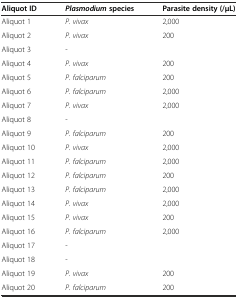
<table><thead><tr><td><b>Aliquot ID</b></td><td><b><i>Plasmodium</i>species</b></td><td><b>Parasite density (/μL)</b></td></tr></thead><tbody><tr><td>Aliquot 1</td><td><i>P. vivax</i></td><td>2,000</td></tr><tr><td>Aliquot 2</td><td><i>P. vivax</i></td><td>200</td></tr><tr><td>Aliquot 3</td><td>-</td><td></td></tr><tr><td>Aliquot 4</td><td><i>P. vivax</i></td><td>200</td></tr><tr><td>Aliquot 5</td><td><i>P. falciparum</i></td><td>200</td></tr><tr><td>Aliquot 6</td><td><i>P. falciparum</i></td><td>2,000</td></tr><tr><td>Aliquot 7</td><td><i>P. vivax</i></td><td>2,000</td></tr><tr><td>Aliquot 8</td><td>-</td><td></td></tr><tr><td>Aliquot 9</td><td><i>P. falciparum</i></td><td>200</td></tr><tr><td>Aliquot 10</td><td><i>P. vivax</i></td><td>2,000</td></tr><tr><td>Aliquot 11</td><td><i>P. falciparum</i></td><td>2,000</td></tr><tr><td>Aliquot 12</td><td><i>P. falciparum</i></td><td>200</td></tr><tr><td>Aliquot 13</td><td><i>P. falciparum</i></td><td>2,000</td></tr><tr><td>Aliquot 14</td><td><i>P. vivax</i></td><td>2,000</td></tr><tr><td>Aliquot 15</td><td><i>P. vivax</i></td><td>200</td></tr><tr><td>Aliquot 16</td><td><i>P. falciparum</i></td><td>2,000</td></tr><tr><td>Aliquot 17</td><td>-</td><td></td></tr><tr><td>Aliquot 18</td><td>-</td><td></td></tr><tr><td>Aliquot 19</td><td><i>P. vivax</i></td><td>200</td></tr><tr><td>Aliquot 20</td><td><i>P. falciparum</i></td><td>200</td></tr></tbody></table>